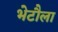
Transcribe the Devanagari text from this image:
भेटौला